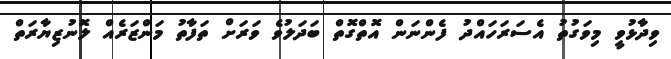
ވިދާޅުވީ މިވަގުތު އެސަރަހައްދު ފެންނަން އޮތްގޮތް ބަދަލުވެ ވަރަށް ތަފާތު މަންޒަރެއް ލޮނުޒިޔާރަތް